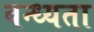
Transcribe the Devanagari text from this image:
बन्ध्यता